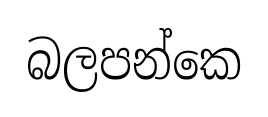
බලපන්කෙ